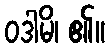
ဝဒါမိ၊ ၏။